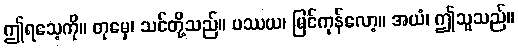
ဤရသေ့ကို။ တုမှေ၊ သင်တို့သည်။ ပဿယ၊ မြင်ကုန်လော့။ အယံ၊ ဤသူသည်။